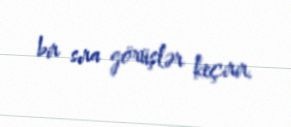
bir sıra görüşlər keçirir.